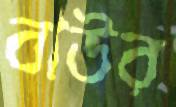
বাউর